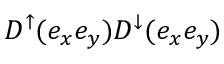
D ^ { \uparrow } ( e _ { x } e _ { y } ) D ^ { \downarrow } ( e _ { x } e _ { y } )